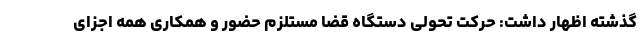
گذشته اظهار داشت: حرکت تحولی دستگاه قضا مستلزم حضور و همکاری همه اجزای